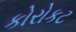
કોરોકટ